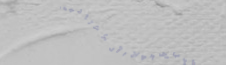
محل الأجهزة الإلكترونية: